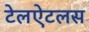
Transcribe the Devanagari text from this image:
टेलऐटलस